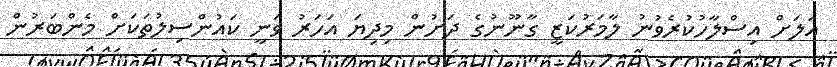
އަލަށް އިސްލާހުކުރެވުނު ލާމަރުކަޒީ ގާނޫނުގެ ދަށުން މިދިޔަ އަހަރު ވަނީ ކައުންސިލުތަކަށް މެންބަރުން